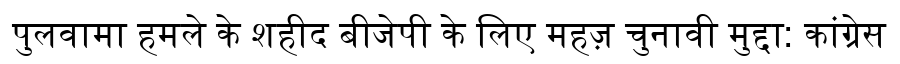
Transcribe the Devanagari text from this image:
पुलवामा हमले के शहीद बीजेपी के लिए महज़ चुनावी मुद्दा: कांग्रेस